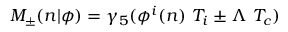
M _ { \pm } ( n \vert \phi ) = \gamma _ { 5 } ( \phi ^ { i } ( n ) \ T _ { i } \pm \Lambda \ T _ { c } )